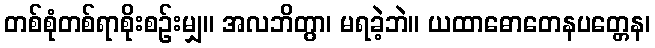
တစ်စုံတစ်ရာစိုးစဉ်းမျှ။ အလဘိတွာ၊ မရခဲ့ဘဲ။ ယထာဓောတေနပတ္တေန၊